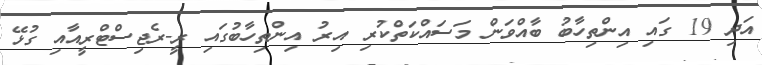
އަދި 19 ގައި އިންތިހާބު ބާއްވަން މަސައްކަތްކުރި އިރު އިންތިހާބުގައި ރީ-ރެޖިސްޓްރީއާއި ގުޅޭ